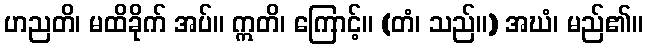
ဟညတိ၊ မထိခိုက် အပ်။ ဣတိ၊ ကြောင့်။ (တံ၊ သည်။) အဃံ၊ မည်၏။